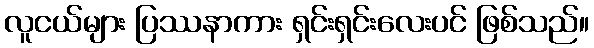
လူငယ်များ ပြဿနာကား ရှင်းရှင်းလေးပင် ဖြစ်သည်။